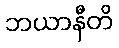
ဘယာနီတိ